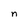
Character: n